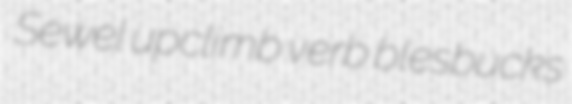
Sewel upclimb verb blesbucks